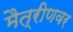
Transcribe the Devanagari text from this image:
मैत्रीणवर